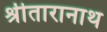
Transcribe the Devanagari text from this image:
श्रीतारानाथ